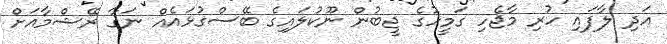
އަދި ލާފައި ހުރި މާޖެހި ގަމީހުގެ ޖީބުން ނޫކުލައިގެ ބޭސްގުޅައެއް ނަގާ ރޭޝްމާއަށް